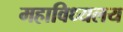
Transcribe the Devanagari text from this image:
महाविध्यलय